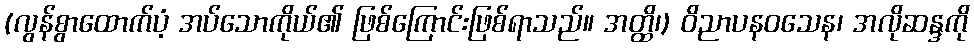
(လွန်စွာထောက်ပံ့ အပ်သောကိုယ်၏ ဖြစ်ကြောင်းဖြစ်ရာသည်။ အတ္ထိ၊) ဝိညာပနဝသေန၊ အလိုဆန္ဒကို